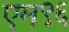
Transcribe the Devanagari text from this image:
एम९६